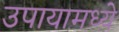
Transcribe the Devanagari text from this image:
उपायामध्ये